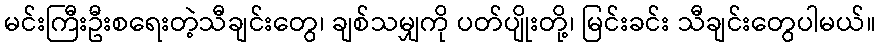
မင်းကြီးဦးစရေးတဲ့သီချင်းတွေ၊ ချစ်သမျှကို ပတ်ပျိုးတို့၊ မြင်းခင်း သီချင်းတွေပါမယ်။